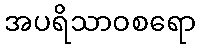
အပရိသာဝစရော